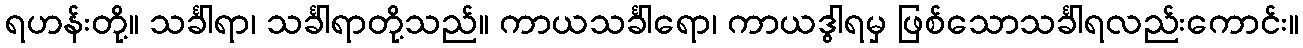
ရဟန်းတို့။ သင်္ခါရာ၊ သင်္ခါရာတို့သည်။ ကာယသင်္ခါရော၊ ကာယဒွါရမှ ဖြစ်သောသင်္ခါရလည်းကောင်း။